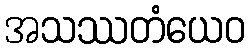
အသဿတံယေဝ